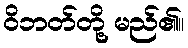
ဝိဘတ်တို့ မည်၏။